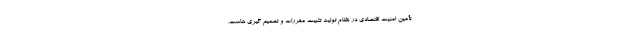
تأمین امنیت اقتصادی در نظام تولید تثبیت مقررات و تصمیم گیری هاست.